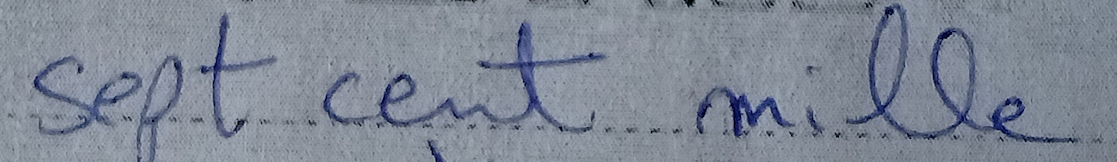
sept cent mille